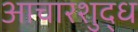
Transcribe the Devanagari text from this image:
आचारशुद्ध